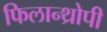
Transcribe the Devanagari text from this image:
फिलान्थ्रोपी